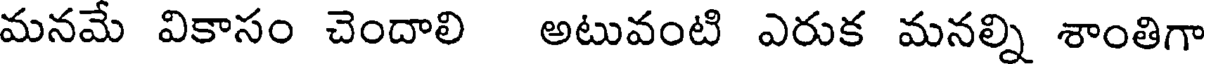
మనమే వికాసం చెందాలి అటువంటి ఎరుక మనల్ని శాంతిగా